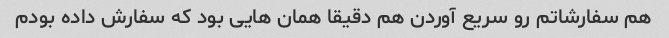
هم سفارشاتم رو سریع آوردن هم دقیقا همان هایی بود که سفارش داده بودم